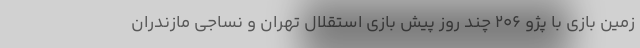
زمین بازی با پژو 206 چند روز پیش بازی استقلال تهران و نساجی مازندران